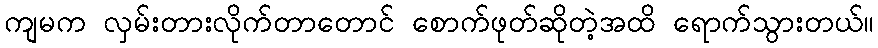
ကျမက လှမ်းတားလိုက်တာတောင် စောက်ဖုတ်ဆိုတဲ့အထိ ရောက်သွားတယ်။